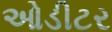
ઓડીટર